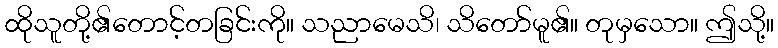
ထိုသူတို့၏တောင့်တခြင်းကို။ သညာမေသိ၊ သိတော်မူ၏။ တုမှသော။ ဤသို့။